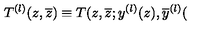
T ^ { ( l ) } ( z , \overline { { z } } ) \equiv T ( z , \overline { { z } } ; y ^ { ( l ) } ( z ) , \overline { { y } } ^ { ( l ) } (